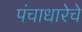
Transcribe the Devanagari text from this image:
पंचाधारेचे